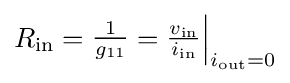
R_{\mathrm {in} }={\begin{matrix}{\frac {1}{g_{11}}}\end{matrix}}={\begin{matrix}{\frac {v_{\text{in}}}{i_{\text{in}}}}\end{matrix}}{\Big |}_{i_{\text{out}}=0}